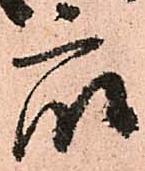
衆